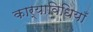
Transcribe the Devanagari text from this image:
कार्याविधियाँ